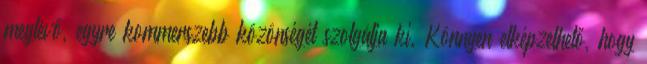
meglévő, egyre kommerszebb közönségét szolgálja ki. Könnyen elképzelhető, hogy